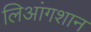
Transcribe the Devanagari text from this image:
लिआंगशान